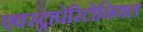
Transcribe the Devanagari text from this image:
एक्स्ट्रापेरिटोनियल